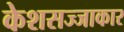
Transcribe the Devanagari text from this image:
केशसज्जाकार